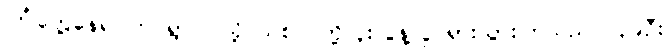
ကြုံတွေ့နေရပါက ရွာပြင်သို့ သစ်ပင်တို့လူးလွန့်လှုပ်ရှားသွားကြသည် ၁၃၉ဦး